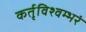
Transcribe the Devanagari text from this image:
कर्तृविश्वम्भरं